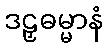
ဒဠှဓမ္မာနံ